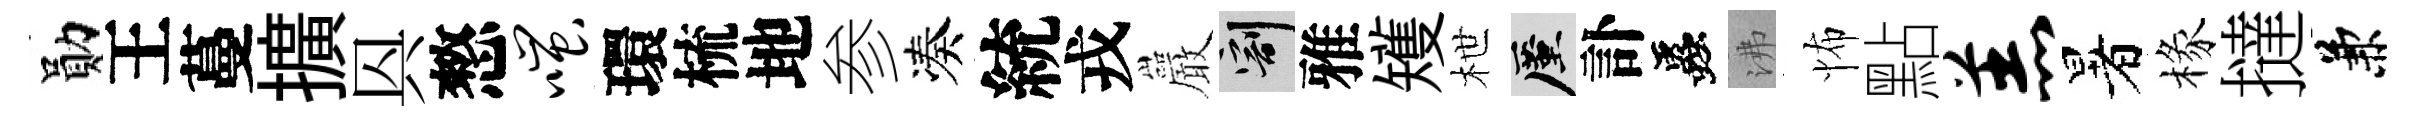
勛王蔓擴㒷憗嗤環梳地参凑統戎巖割雅矱枻厪訃蟲沸怖點羔暑椽撻兼